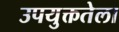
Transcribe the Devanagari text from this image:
उपयुक्ततेला